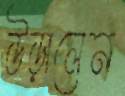
উড়ালেন